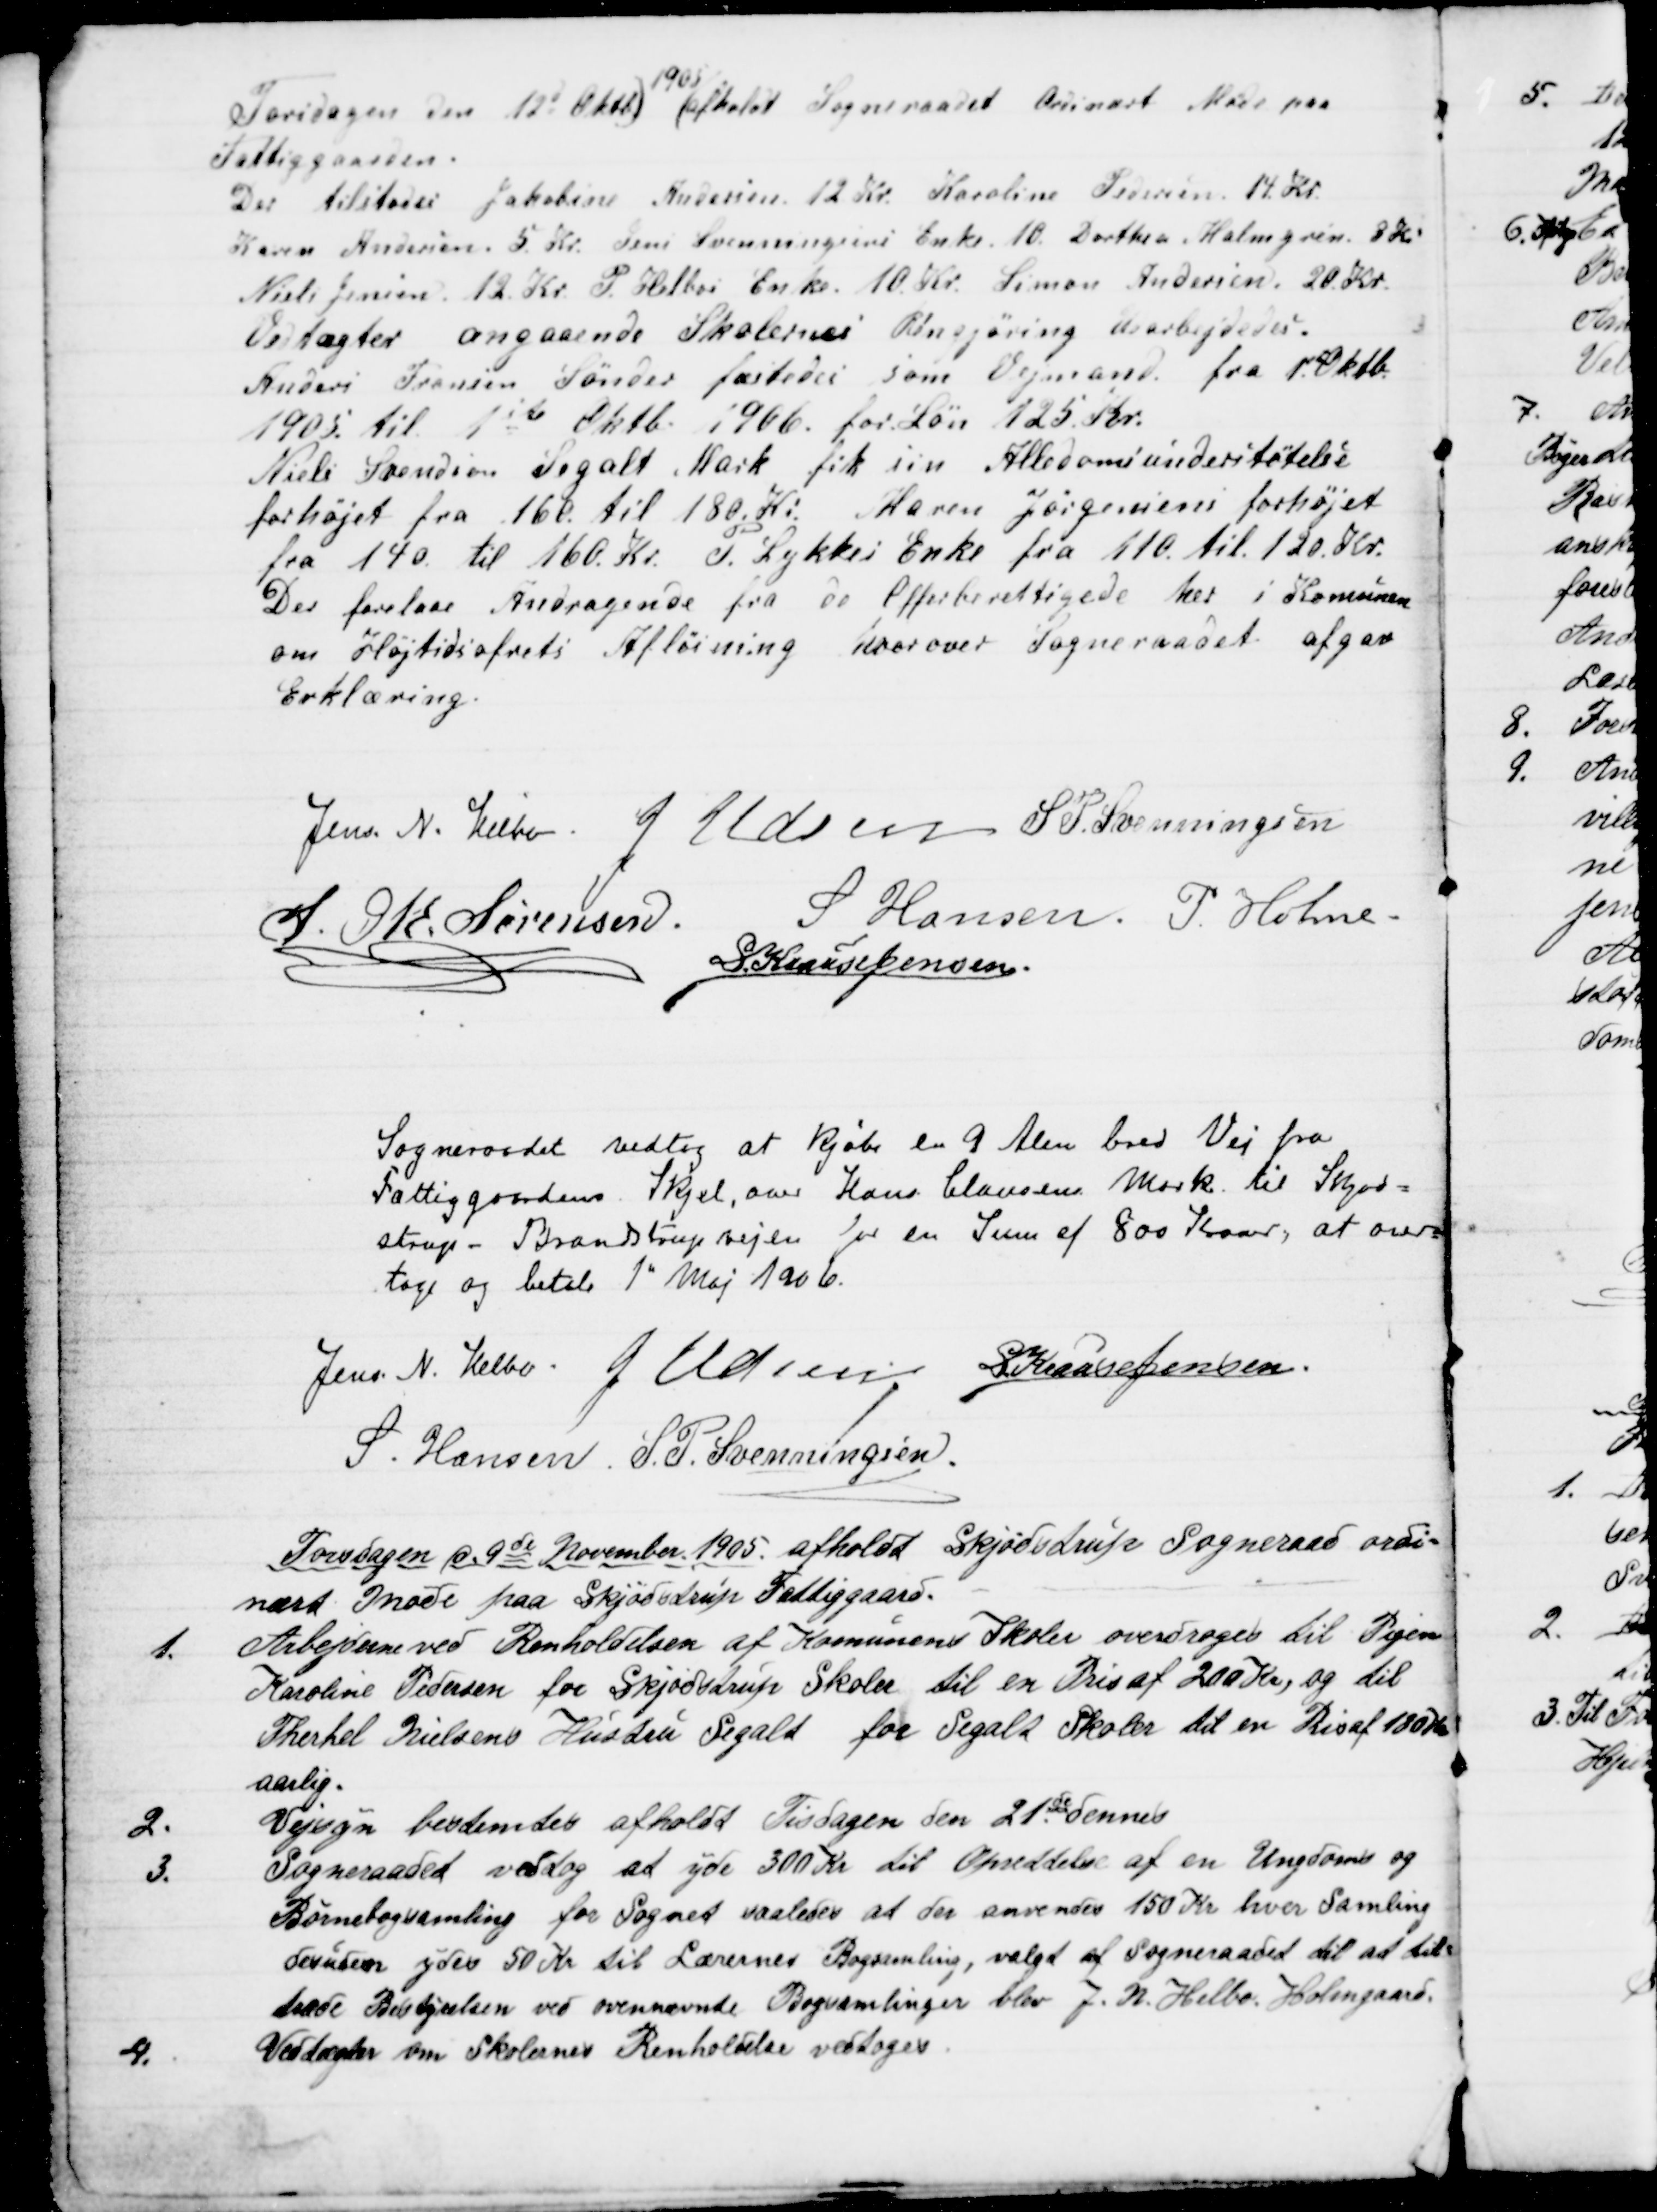
Transskription:
Torsdagen den 12de Oktbr)
1905
(afholdt Sogneraadet Ordinært Møde paa
Fattiggaarden.
Der tilstodes Jakobine Andersen 12 Kr. Karoline Pedersen 14 Kr.
Karen Andersen. 5 Kr. Jens Svenningsens Enke 10. Dorthea Malmgren. 8 Kr.
Niels Jensen 12 Kr. P. Helbos Enke 10 Kr. Simon Andersen 20 Kr.
Vedtægter angaaende Skolernes Rengjøring Udarbejdedes.
Anders Sørensen Sønder fæstedes som Vejmand fra 1" Oktbr
1905 til 1ste Oktbr 1906 for Løn 125 Kr.
Niels Svendsen Segalt Mark fik sin Alledomsunderstøtelse
forhøjet fra 160 til 180 Kr Maren Jørgensens forhøjet
fra 140 til 160 Kr. P. Lykkes Enke fra 110 til 120 Kr.
Der forelaa Andragende fra de Offerberettigede her i Komunen
om Højtidsofrets Afløsning hvorover Sogneraadet afgav
Erklæring.
Jens N. Helbo. J. Udsen S. P. Svenningsen
S. M. Sørensen.
S Hansen. P. Holme
S. Krause Jensen.
Sogneraadet vedtog at kjøbe en 9 Alen bred Vej fra
Fattiggaardens Skjel, over Hans Clausens Mark til Skjød=
strup - Brandstrupvejen for en Sum af 800 Kroner, at over=
tage og betale 1" Maj 1906.
Jens A. Helbo. J. Udsen
S Krause Jensen.
S. Hansen. S. P. Svenningsen.
Torsdagen d. 9de November 1905 afholdt Skjødstrup Sogneraad ordi=
nært Møde paa Skjødstrup Fattiggaard.
1.
Arbejderne ved Renholdelsen af Komunens Skoler overdroges til Pigen
Karoline Pedersen for Skjødstrup Skoler til en Pris af 200 Kr, og til
Therkel Nielsens Hustru Segalt for Segalt Skoler til en Pris af 180 Kr.
aarlig.
2.
Vejsyn bestemtes afholdt Tirsdagen den 21de dennes
3.
Sogneraadet vedtog at yde 300 Kr til Oprettelse af en Ungdoms og
Børnebogsamling for Sognet saaledes at der anvendes 150 Kr hver Samling
desuden ydes 50 Kr til Lærernes Bogsamling, valgt af Sogneraadet til at til=
træde Bestyrelsen ved ovennævnte Bogsamlinger blev J. N. Helbo Holmgaard
4.
Vedtægter om Skolernes Renholdelse vedtoges.